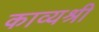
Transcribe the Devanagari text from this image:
काव्यश्री